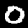
Label: 0